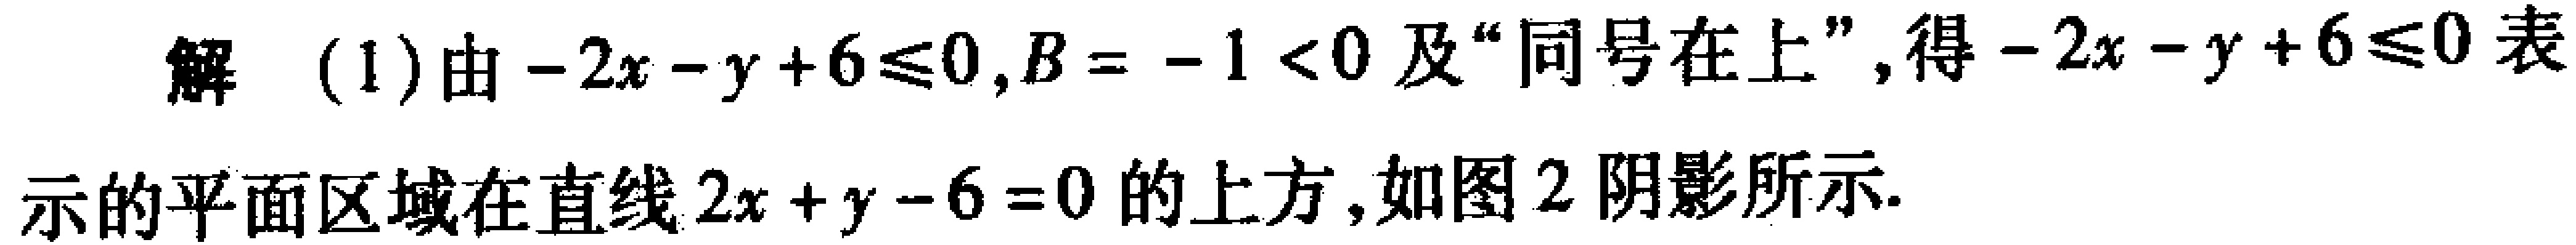
解 (1)由\(-2x - y + 6\leqslant0,B = - 1 < 0\)及“同号在上”,得\(-2x - y + 6\leqslant0\)表示的平面区域在直线\(2x + y - 6 = 0\)的上方,如图2阴影所示.